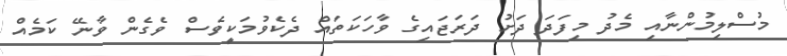
މުސްލިމުންނާއި މެދު މިފަދަ ދަށު ދަރަޖައިގެ ވާހަކަތައް ދެކެވުމަކީވެސް ވެގެން ވާނޭ ކަމެއް